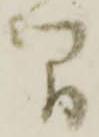
間